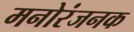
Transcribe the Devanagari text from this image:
मनोरंजनक